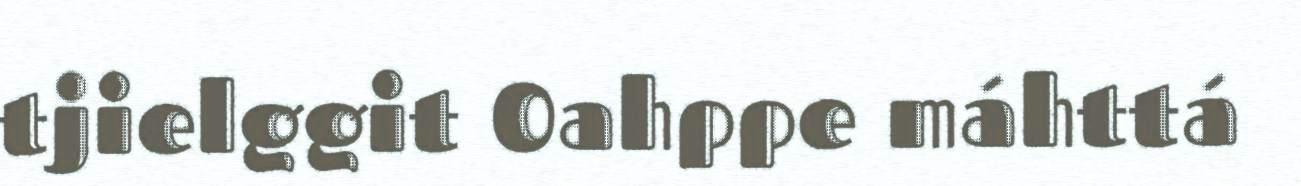
tjielggit Oahppe máhttá